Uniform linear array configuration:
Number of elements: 8
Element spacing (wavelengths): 0.75
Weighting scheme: kaiser
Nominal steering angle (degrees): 30
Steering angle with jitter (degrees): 31.309
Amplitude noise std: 0.05
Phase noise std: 0.05

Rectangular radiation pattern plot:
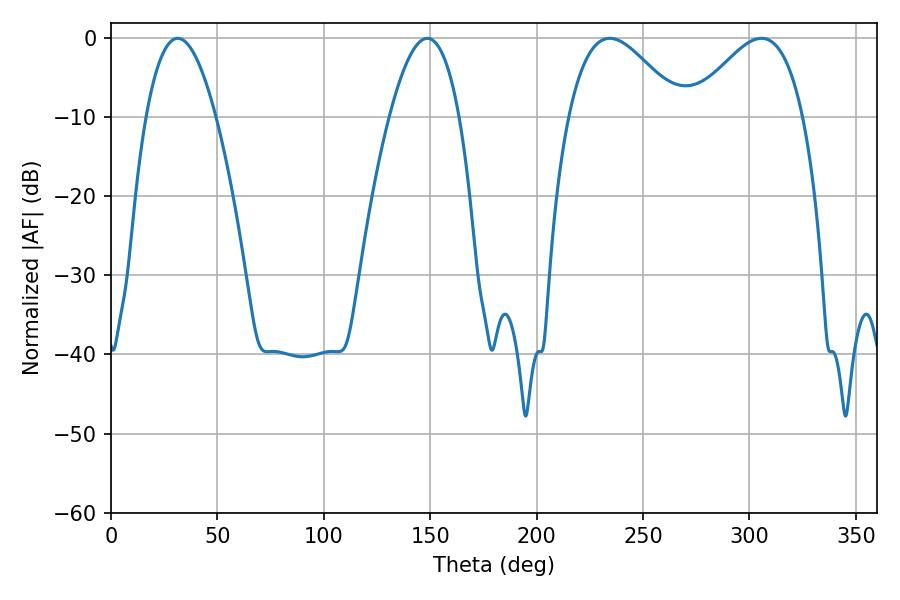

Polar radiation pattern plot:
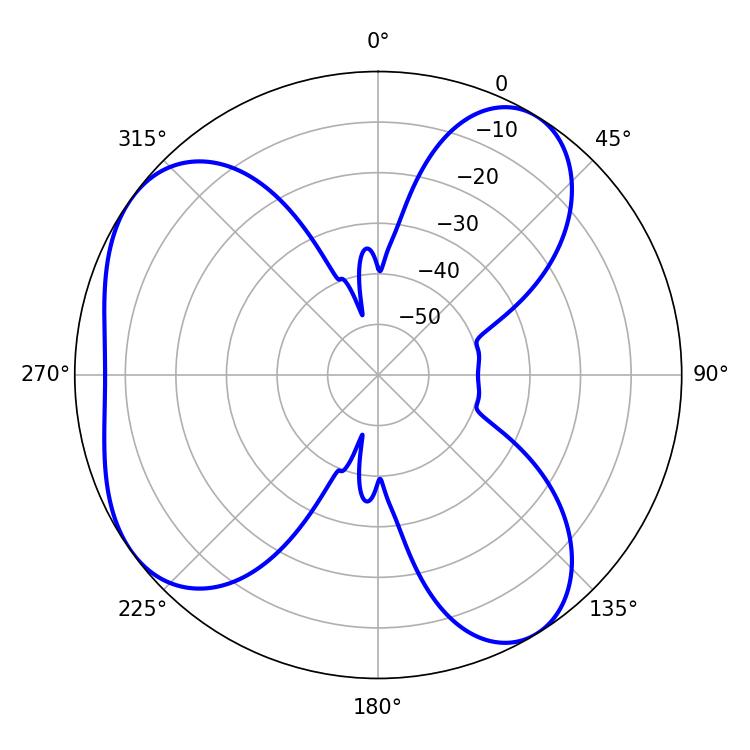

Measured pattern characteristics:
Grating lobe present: TRUE
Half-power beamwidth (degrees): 28.26
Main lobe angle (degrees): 305.64